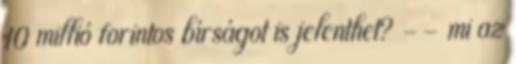
10 millió forintos bírságot is jelenthet? -- mi az